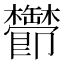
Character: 𬅔